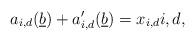
LaTeX: \begin{align*}a_{i,d}(\underline{b}) + a'_{i,d}(\underline{b}) = x_{i,d} i,d,\end{align*}